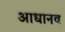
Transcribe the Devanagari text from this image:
आधानव